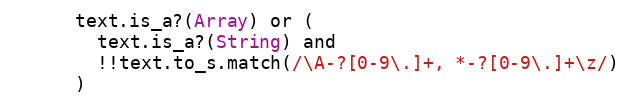
Language: Ruby
      text.is_a?(Array) or (
        text.is_a?(String) and
        !!text.to_s.match(/\A-?[0-9\.]+, *-?[0-9\.]+\z/)
      )